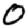
Digit: 0